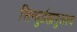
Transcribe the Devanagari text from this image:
सिन्धुर्ब्रह्मपुत्रश्च